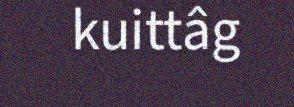
kuittâg